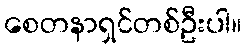
စေတနာရှင်တစ်ဦးပါ။